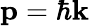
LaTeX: \mathbf{p}=\hbar\mathbf{k}